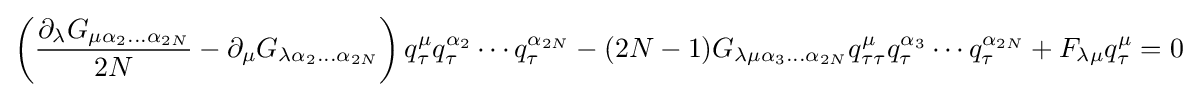
\left({\frac {\partial _{\lambda }G_{\mu \alpha _{2}\ldots \alpha _{2N}}}{2N}}-\partial _{\mu }G_{\lambda \alpha _{2}\ldots \alpha _{2N}}\right)q_{\tau }^{\mu }q_{\tau }^{\alpha _{2}}\cdots q_{\tau }^{\alpha _{2N}}-(2N-1)G_{\lambda \mu \alpha _{3}\ldots \alpha _{2N}}q_{\tau \tau }^{\mu }q_{\tau }^{\alpha _{3}}\cdots q_{\tau }^{\alpha _{2N}}+F_{\lambda \mu }q_{\tau }^{\mu }=0